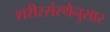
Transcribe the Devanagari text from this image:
शरीरसंस्थेनुसार